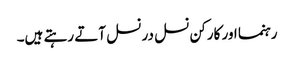
رہنما اور کارکن نسل در نسل آتے رہتے ہیں۔